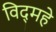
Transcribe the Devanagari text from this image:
विद्‌महे